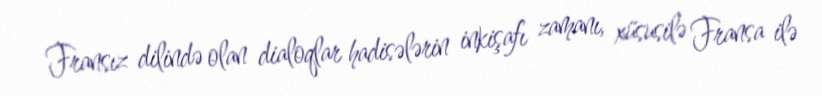
Fransız dilində olan dialoqlar hadisələrin inkişafı zamanı, xüsusilə Fransa ilə